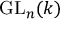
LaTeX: \operatorname { G L } _ { n } ( k )